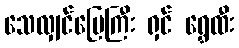
သေလျှင်မြေကြီး ရှင် ရွှေထီး